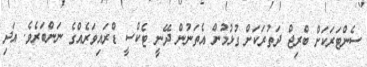
ސެންޓަރަކަށް ބްރިޖް ދަތުރަކަށް ގުޅުމުން އެތަނުން ދޭނީ ޓެކްސީ ޑްރައިވަރެއްގެ ނަންބަރެވެ. އަދި